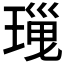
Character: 𤧜